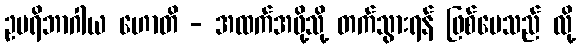
ဥပရိဘာဂါယ ဟောတိ - အထက်အဖို့သို့ တက်သွားရန် ဖြစ်ပေသည် လို့